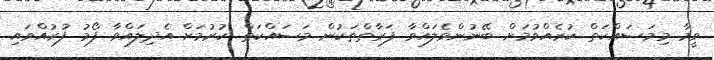
ވީމާ މިމަސައްކަތް ކުރެއްވުމަށް ބޭނުންވެލައްވާ ފަރާތްްތަކުން މަސައްކަތް ކުރުމަށް އެދިލައްވާ ފޯމު ފުރުއްވައި